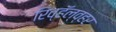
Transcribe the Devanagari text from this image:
रिव्हॅल्व्हर